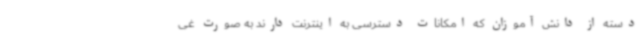
دسته از دانش آموزان که امکانات دسترسی به اینترنت دارند به صورت غی